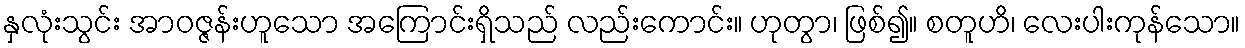
နှလုံးသွင်း အာဝဇ္ဇန်းဟူသော အကြောင်းရှိသည် လည်းကောင်း။ ဟုတွာ၊ ဖြစ်၍။ စတူဟိ၊ လေးပါးကုန်သော။